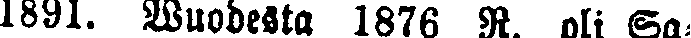
1891. Wuodesta 1876 R. oli Sa-